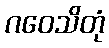
ဂဝေသိတုံ